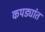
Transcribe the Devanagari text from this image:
कपड्यांत